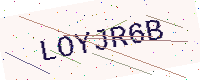
Text: LOYJR6B